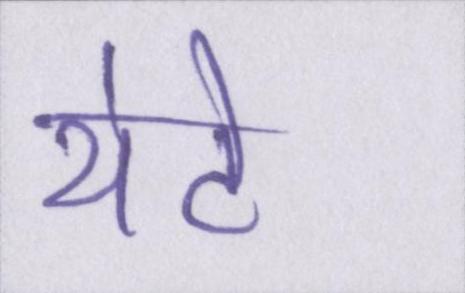
थेटे